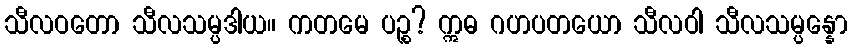
သီလဝတော သီလသမ္ပဒါယ။ ကတမေ ပဉ္စ? ဣဓ ဂဟပတယော သီလဝါ သီလသမ္ပန္နော